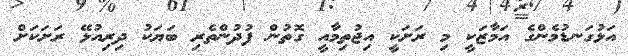
އަޅުގަނޑުމެންގެ އަމާޒަކީ މި ރަށަކީ އިޖުތިމާއީ ގޮތުން ފުދުންތެރި ބަޔަކު ދިރިއުޅޭ ރަށަކަށް